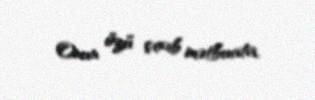
Onun özü çıxıb mətbuata.